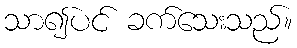
သာ၍ပင် ခက်သေးသည်။